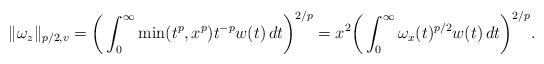
LaTeX: \begin{align*}\|\omega_z\|_{p/2,v}=\bigg(\int_0^\infty\min(t^p,x^p)t^{-p}w(t)\,dt\bigg)^{2/p}=x^2\bigg(\int_0^\infty\omega_x(t)^{p/2}w(t)\,dt\bigg)^{2/p}.\end{align*}